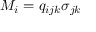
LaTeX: M _ { i } = q _ { i j k } \sigma _ { j k }